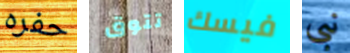
حفره تتوق فيسك نبي